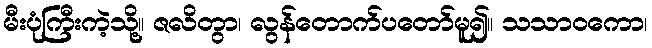
မီးပုံကြီးကဲ့သို့။ ဇလိတွာ၊ လွန်တောက်ပတော်မူ၍။ သသာဝကော၊